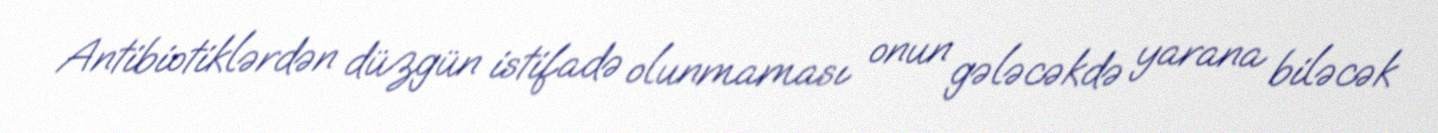
Antibiotiklərdən düzgün istifadə olunmaması onun gələcəkdə yarana biləcək